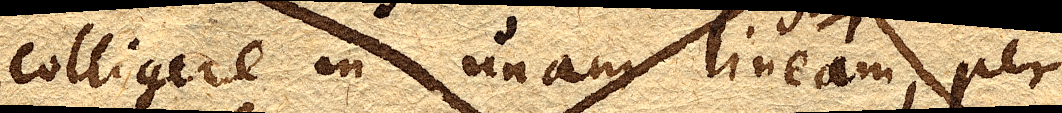
colligere in unam lineam, per